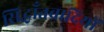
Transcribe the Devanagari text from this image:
सिद्धाँतवादियों